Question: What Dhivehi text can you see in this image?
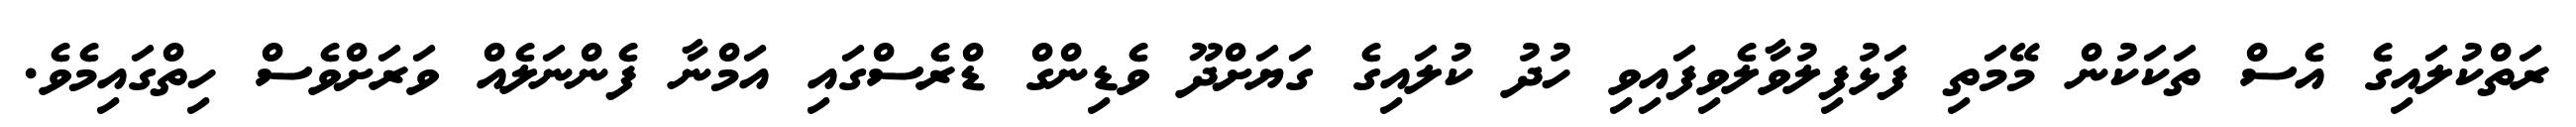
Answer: ރަތްކުލައިގެ އެސް ތަކަކުން މޭމަތި ފަޅުފިލުވާލެވިފައިވި ހުދު ކުލައިގެ ގަޔަށްދޫ ވެޑިންގް ޑްރެސްގައި އަމްނާ ފެންނަލެއް ވަރަށްވެސް ހިތްގައިމެވެ.